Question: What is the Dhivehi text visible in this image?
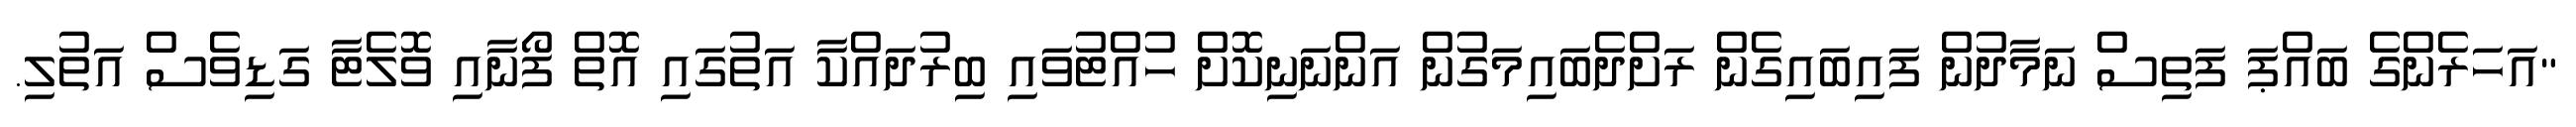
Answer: "އަހަރެންގެ ބައްޕަ ފަތިސް ނަމާދުން ފައިބައިގެން ރަށްދެބައިމަގުން އަންނަނިކޮށް ހުއްޓުވައި ބިރުދައްކާ އަތުގައި އޮތް ފޯނާއި ވޮލެޓާ ގަޑިވެސް އަތުލި.